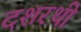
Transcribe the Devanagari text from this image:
दशरथी